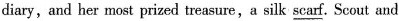
diary, and her most prized treasure,a silk \underline{scarf}. Scout and